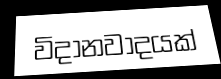
විදානවාදයක්